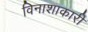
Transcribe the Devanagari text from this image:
विनाशाकारी